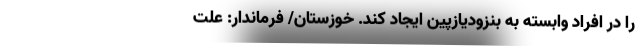
را در افراد وابسته به بنزودیازپین ایجاد کند. خوزستان/ فرماندار: علت